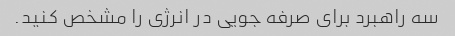
سه راهبرد برای صرفه جویی در انرژی را مشخص کنید.